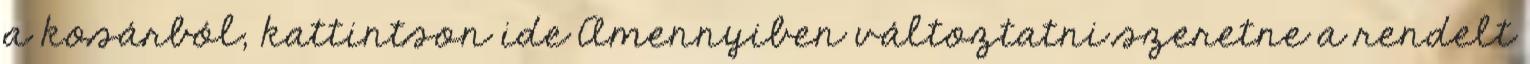
a kosárból, kattintson ide Amennyiben változtatni szeretne a rendelt